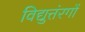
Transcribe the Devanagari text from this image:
विद्युत्तंरगों